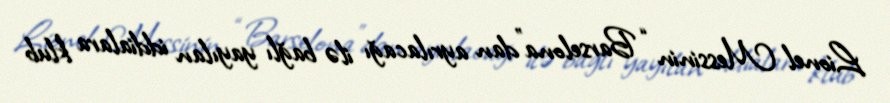
Lionel Messinin “Barselona”dan ayrılacağı ilə bağlı yayılan iddialara klub